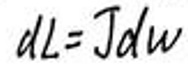
$dL = Jdw$